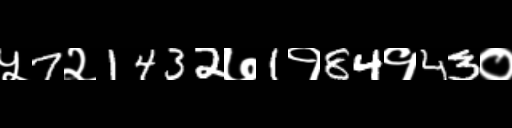
Text: ५7२1432७1१84१43०